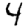
Digit: 4